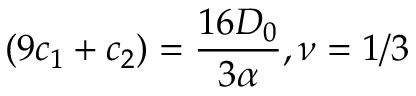
( 9 c _ { 1 } + c _ { 2 } ) = \frac { 1 6 D _ { 0 } } { 3 \alpha } , \nu = 1 / 3